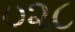
૦૨૮